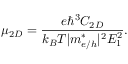
\mu _ { 2 D } = \frac { e \hbar ^ { 3 } C _ { 2 D } } { k _ { B } T | m _ { e / h } ^ { * } | ^ { 2 } E _ { 1 } ^ { 2 } } .